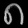
Digit: ၈